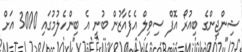
ޝިންޖިންގެ ބިއުރޯ އޮފް ސިވިލް އެފެއާޒުން ބުނީ އެ ބިންހެލުމުގައި 3000 އަށް